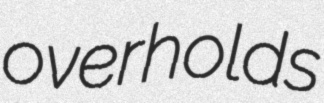
overholds